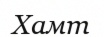
Хамт